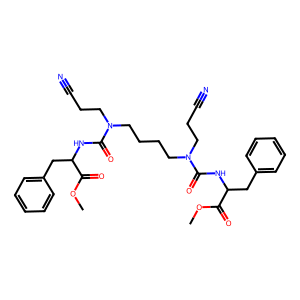
SMILES: COC(=O)C(Cc1ccccc1)NC(=O)N(CCC#N)CCCCN(CCC#N)C(=O)NC(Cc1ccccc1)C(=O)OC
Inhibits HIV replication: No